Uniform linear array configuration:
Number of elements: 16
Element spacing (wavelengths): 0.25
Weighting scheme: binomial
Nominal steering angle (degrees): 45
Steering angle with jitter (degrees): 43.576
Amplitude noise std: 0.05
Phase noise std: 0.05

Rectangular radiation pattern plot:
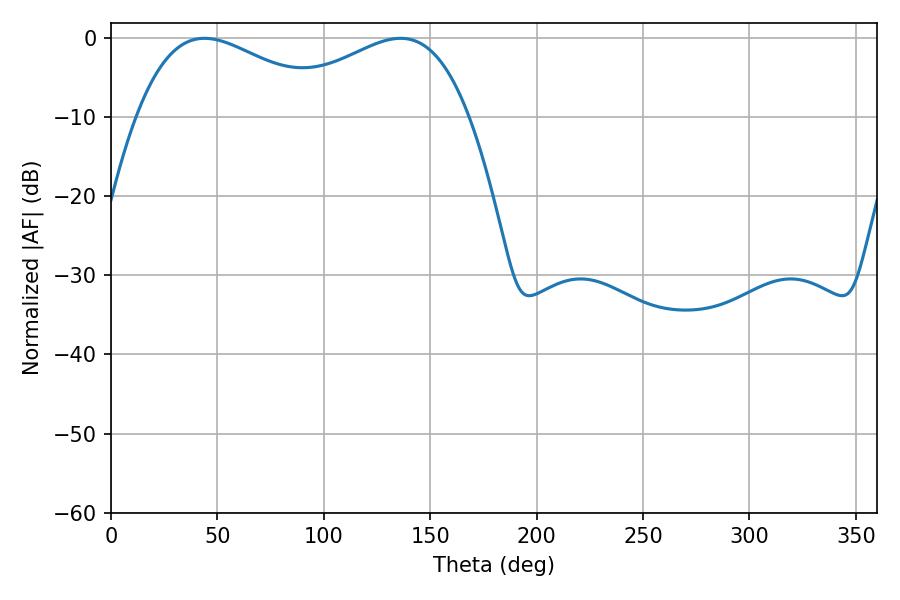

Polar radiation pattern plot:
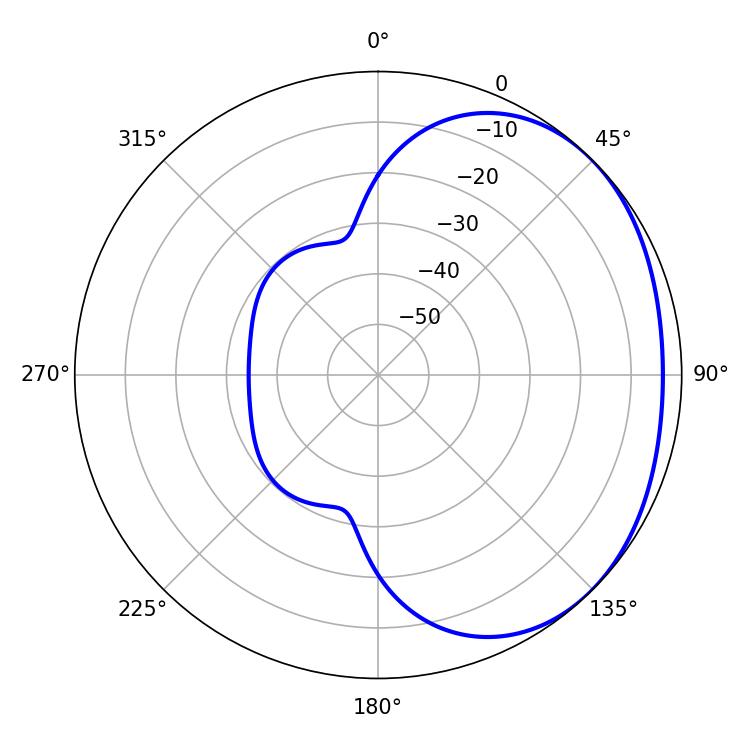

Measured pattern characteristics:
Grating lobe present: FALSE
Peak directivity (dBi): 1.904
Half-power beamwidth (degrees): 50.58
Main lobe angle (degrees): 43.92